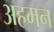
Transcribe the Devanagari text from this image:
अहमन